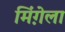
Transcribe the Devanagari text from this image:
मिंग़ेला